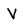
Character: V